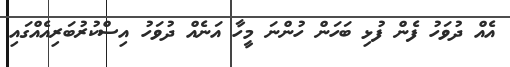
އެއް ދުވަހު ފެން ފުޅި ބަހަން ހުންނަ މީހާ އަނެއް ދުވަހު އިސްކުރުބަރިއެއްގައި